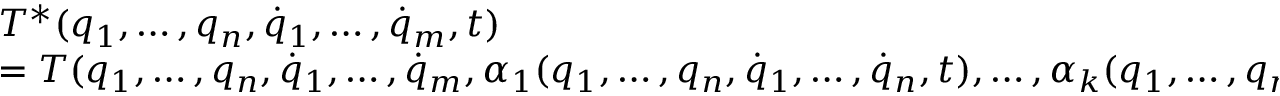
\begin{array} { l } { T ^ { * } ( q _ { 1 } , \dots , q _ { n } , { \dot { q } } _ { 1 } , \dots , { \dot { q } } _ { m } , t ) } \\ { = T ( q _ { 1 } , \dots , q _ { n } , { \dot { q } } _ { 1 } , \dots , { \dot { q } } _ { m } , \alpha _ { 1 } ( q _ { 1 } , \dots , q _ { n } , { \dot { q } } _ { 1 } , \dots , { \dot { q } } _ { n } , t ) , \dots , \alpha _ { k } ( q _ { 1 } , \dots , q _ { n } , { \dot { q } } _ { 1 } , \dots , { \dot { q } } _ { n } , t ) , t ) } \end{array}